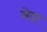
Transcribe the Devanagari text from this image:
सेदर